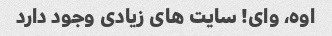
اوه، وای! سایت های زیادی وجود دارد